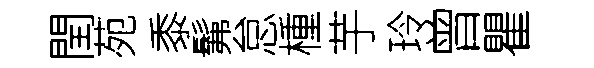
閏苑黍髴怠㮔芋玲曾瞿